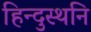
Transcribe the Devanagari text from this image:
हिन्दुस्थनि